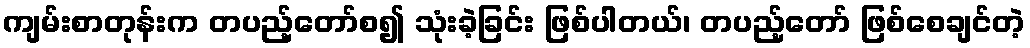
ကျမ်းစာတုန်းက တပည့်တော်စ၍ သုံးခဲ့ခြင်း ဖြစ်ပါတယ်၊ တပည့်တော် ဖြစ်စေချင်တဲ့